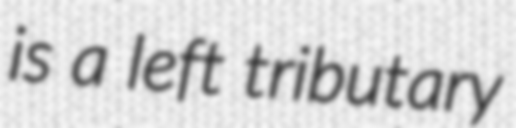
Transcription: is a left tributary